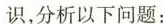
识，分析以下问题：